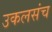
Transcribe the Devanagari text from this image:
उकलसंच